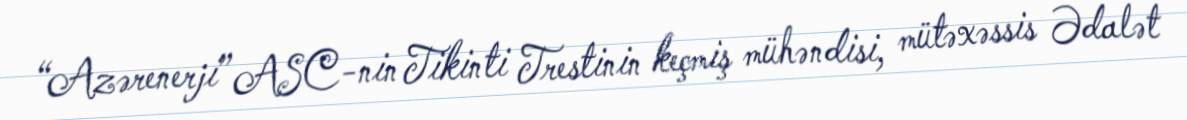
“Azərenerji” ASC-nin Tikinti Trestinin keçmiş mühəndisi, mütəxəssis Ədalət